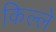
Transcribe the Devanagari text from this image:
किल्‍ले